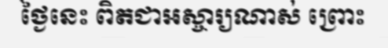
ថ្ងៃនេះ ពិតជាអស្ចារ្យណាស់ ព្រោះ